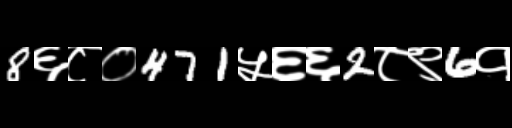
Text: 8६८०471५६६2८९6१